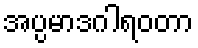
အပ္ပမာဒဂါရဝတာ